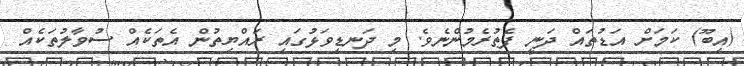
(އިބޫ) ކަމަށް އަޑުތައް ދަނީ ފެތުރެމުންނެވެ. މި ދަނޑިވަޅުގައި ރައްޔިތުން އެތަކެއް ސުވާލުތަކެއް